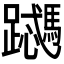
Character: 𬧜